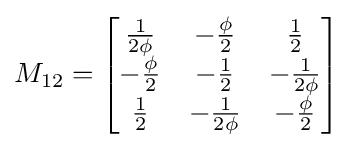
M_{12}={\begin{bmatrix}{\frac {1}{2\phi }}&-{\frac {\phi }{2}}&{\frac {1}{2}}\\-{\frac {\phi }{2}}&-{\frac {1}{2}}&-{\frac {1}{2\phi }}\\{\frac {1}{2}}&-{\frac {1}{2\phi }}&-{\frac {\phi }{2}}\end{bmatrix}}